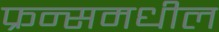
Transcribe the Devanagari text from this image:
फ्रन्समधील